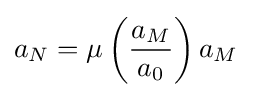
a_{N}=\mu \left({\frac {a_{M}}{a_{0}}}\right)a_{M}~